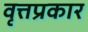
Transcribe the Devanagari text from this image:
वृत्तप्रकार